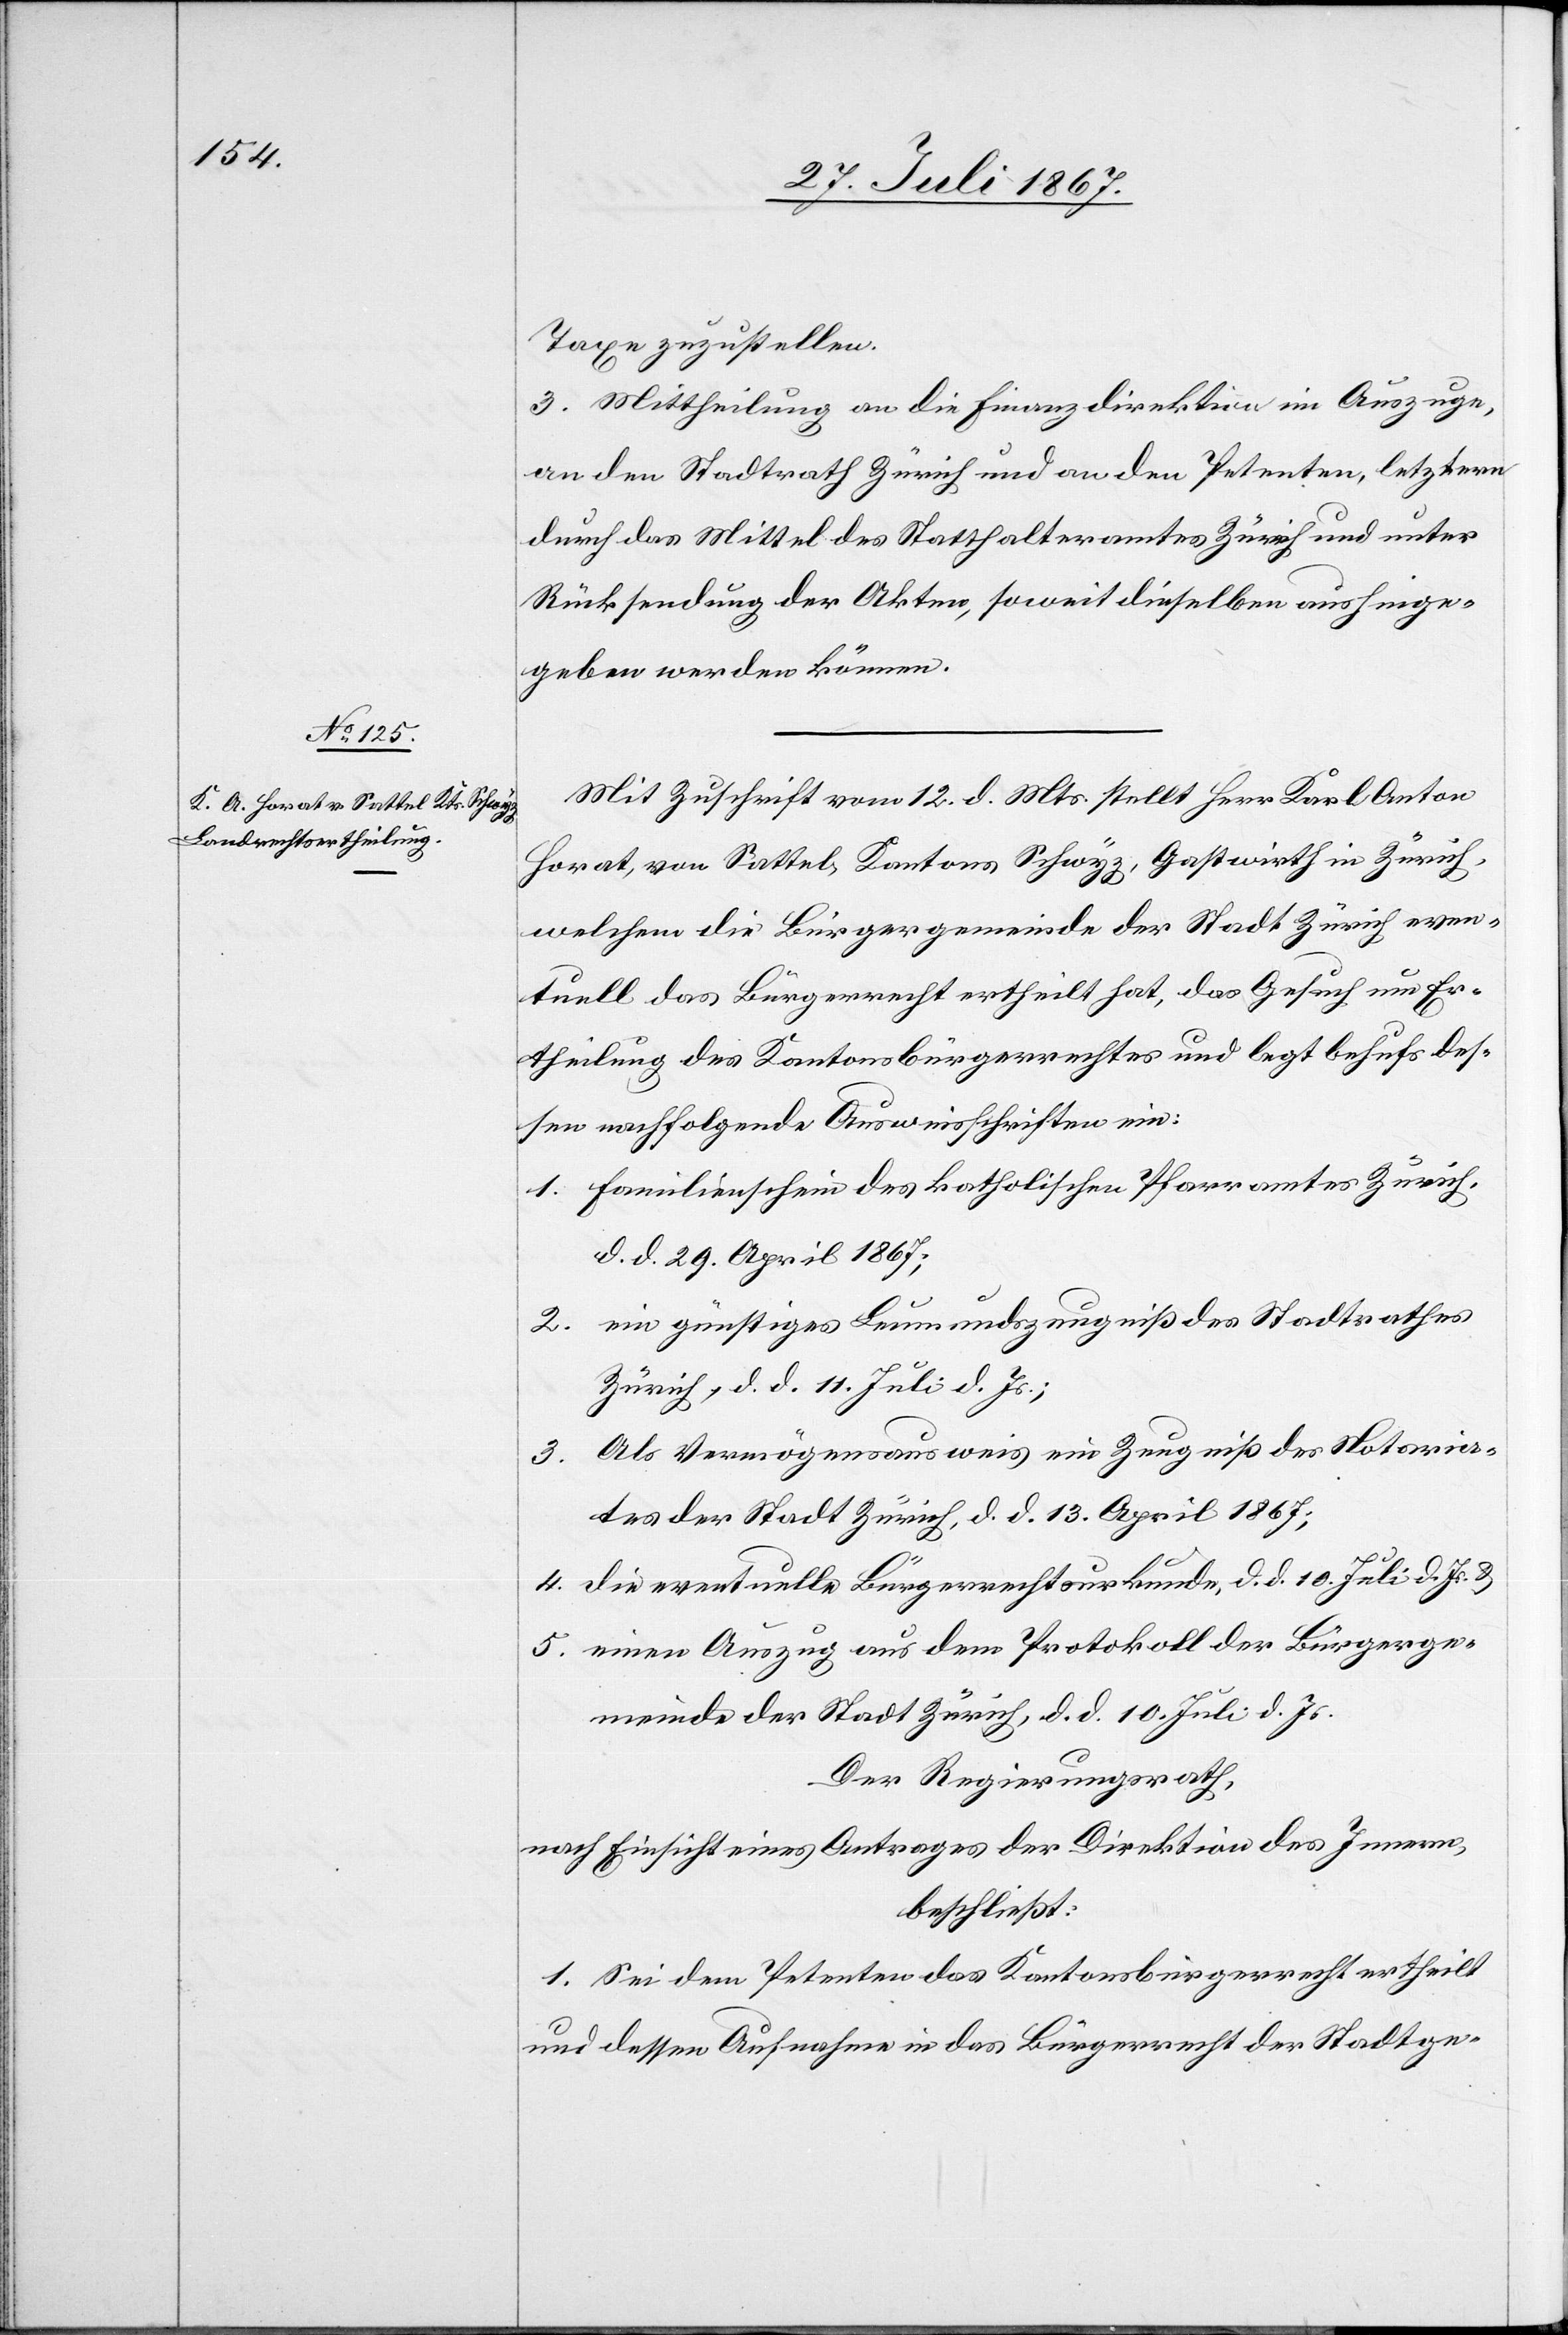
Taxe zuzustellen.
3. Mittheilung an die Finanzdirektion im Auszuge,
an den Stadtrath Zürich und an den Petenten, letztern
durch das Mittel des Statthalteramtes Zürich und unter
Rücksendung der Akten, soweit dieselben aushinge¬
geben werden können.
Mit Zuschrift vom 12. d. Mts. stellt Herr Karl Anton
Horat, von Sattel, Kantons Schwyz, Gastwirth in Zürich,
welchem die Bürgergemeinde der Stadt Zürich even¬
tuell das Bürgerrecht ertheilt hat, das Gesuch um Er¬
theilung des Kantonsbürgerrechtes und legt behufs des¬
sen nachfolgende Ausweisschriften bei:
1. Familienschein des katholischen Pfarramtes Zürich,
d. d. 29. April 1867;
2. ein günstiges Leumdenszeugniß des Stadtrathes
Zürich, d. d. 11. Juli d. Js.;
3. Als Vermögensausweis ein Zeugniß des Notaria¬
tes der Stadt Zürich, d. d. 13. April 1867;
4. die eventuelle Bürgerrechtsurkunde, d. d. 10. Juli d. Js u.
5. einen Auszug aus dem Protokoll der Bürgerge¬
meinde der Stadt Zürich, d. d. 10. Juli d. Js.
Der Regierungsrath,
nach Einsicht eines Antrages der Direktion des Innern,
beschließt:
1. Sei dem Petenten das Kantonsbürgerrecht ertheilt
und dessen Aufnahme in das Bürgerrecht der Stadtge-